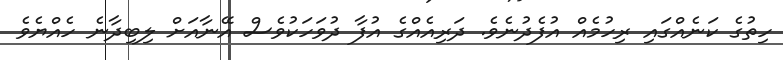
ހިތުގެ ކަނެއްގައި ރިހުމެއް އުފެދުނެވެ. ދަރިއެއްގެ އުފާ ދުވަހަކުވެސް އޭނާއަށް ލިބިދާނެ ހެއްޔެވެ